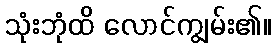
သုံးဘုံထိ လောင်ကျွမ်း၏။